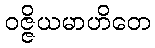
ဝဇ္ဇိယမာဟိတေ